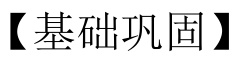
【基础巩固】